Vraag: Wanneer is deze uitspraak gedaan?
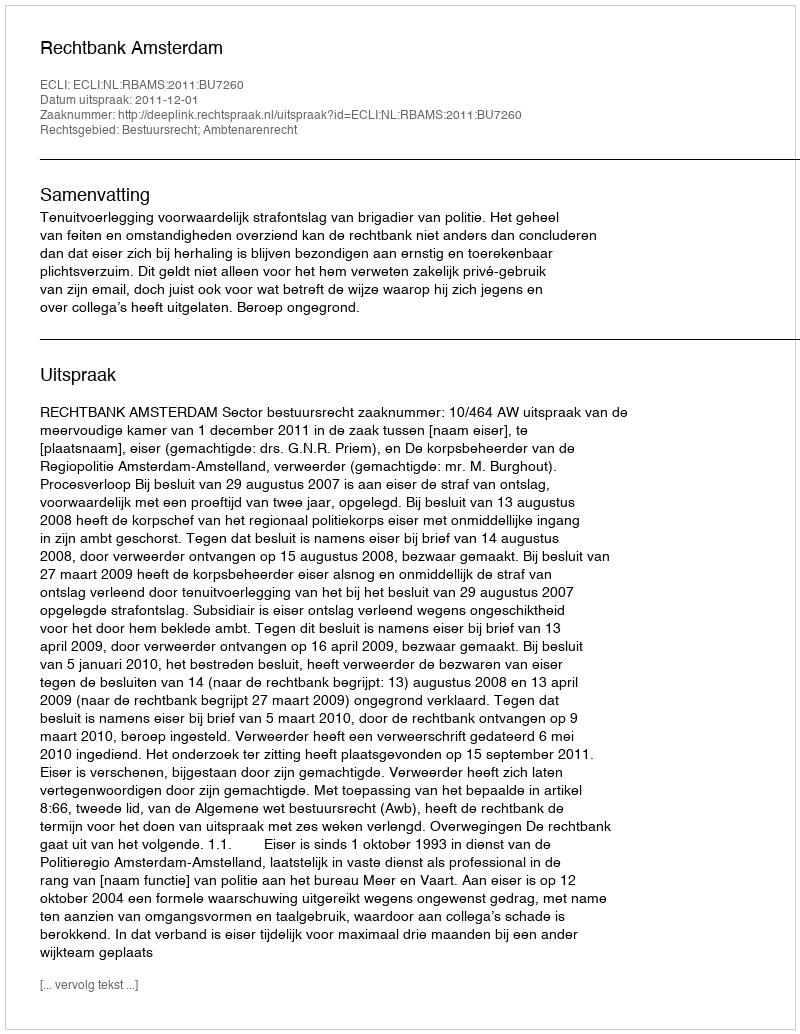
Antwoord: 2011-12-01